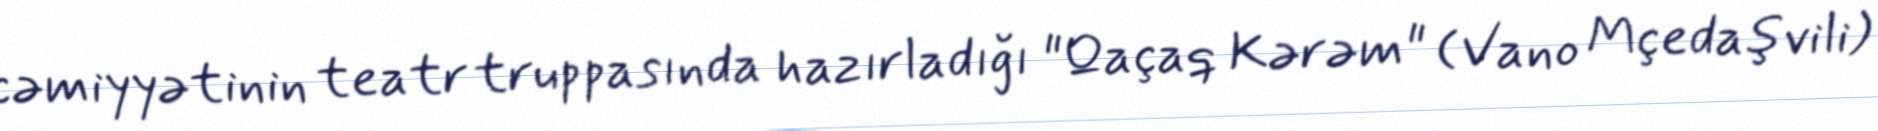
cəmiyyətinin teatr truppasında hazırladığı "Qaçaq Kərəm" (Vano Mçedaşvili)